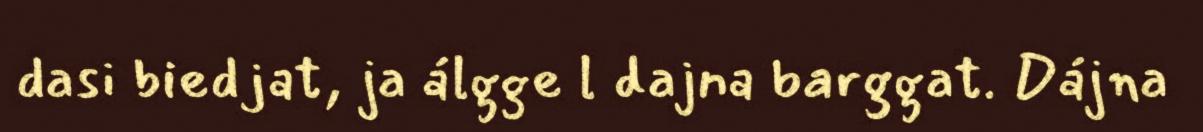
dasi biedjat, ja álgge l dajna barggat. Dájna